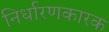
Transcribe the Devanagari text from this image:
निर्धारणकारक